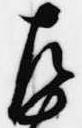
左